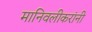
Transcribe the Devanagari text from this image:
मानिवलीकरांनी